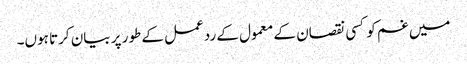
میں غم کو کسی نقصان کے معمول کے ردعمل کے طور پر بیان کرتا ہوں۔